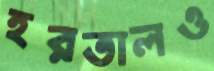
হরতালও